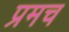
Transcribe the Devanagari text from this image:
प्रमच